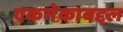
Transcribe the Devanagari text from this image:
एकमेकाबद्दल